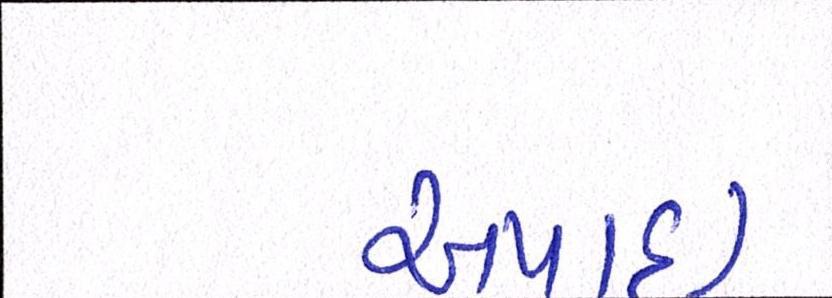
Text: અપાઇ